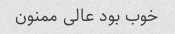
خوب بود عالی ممنون